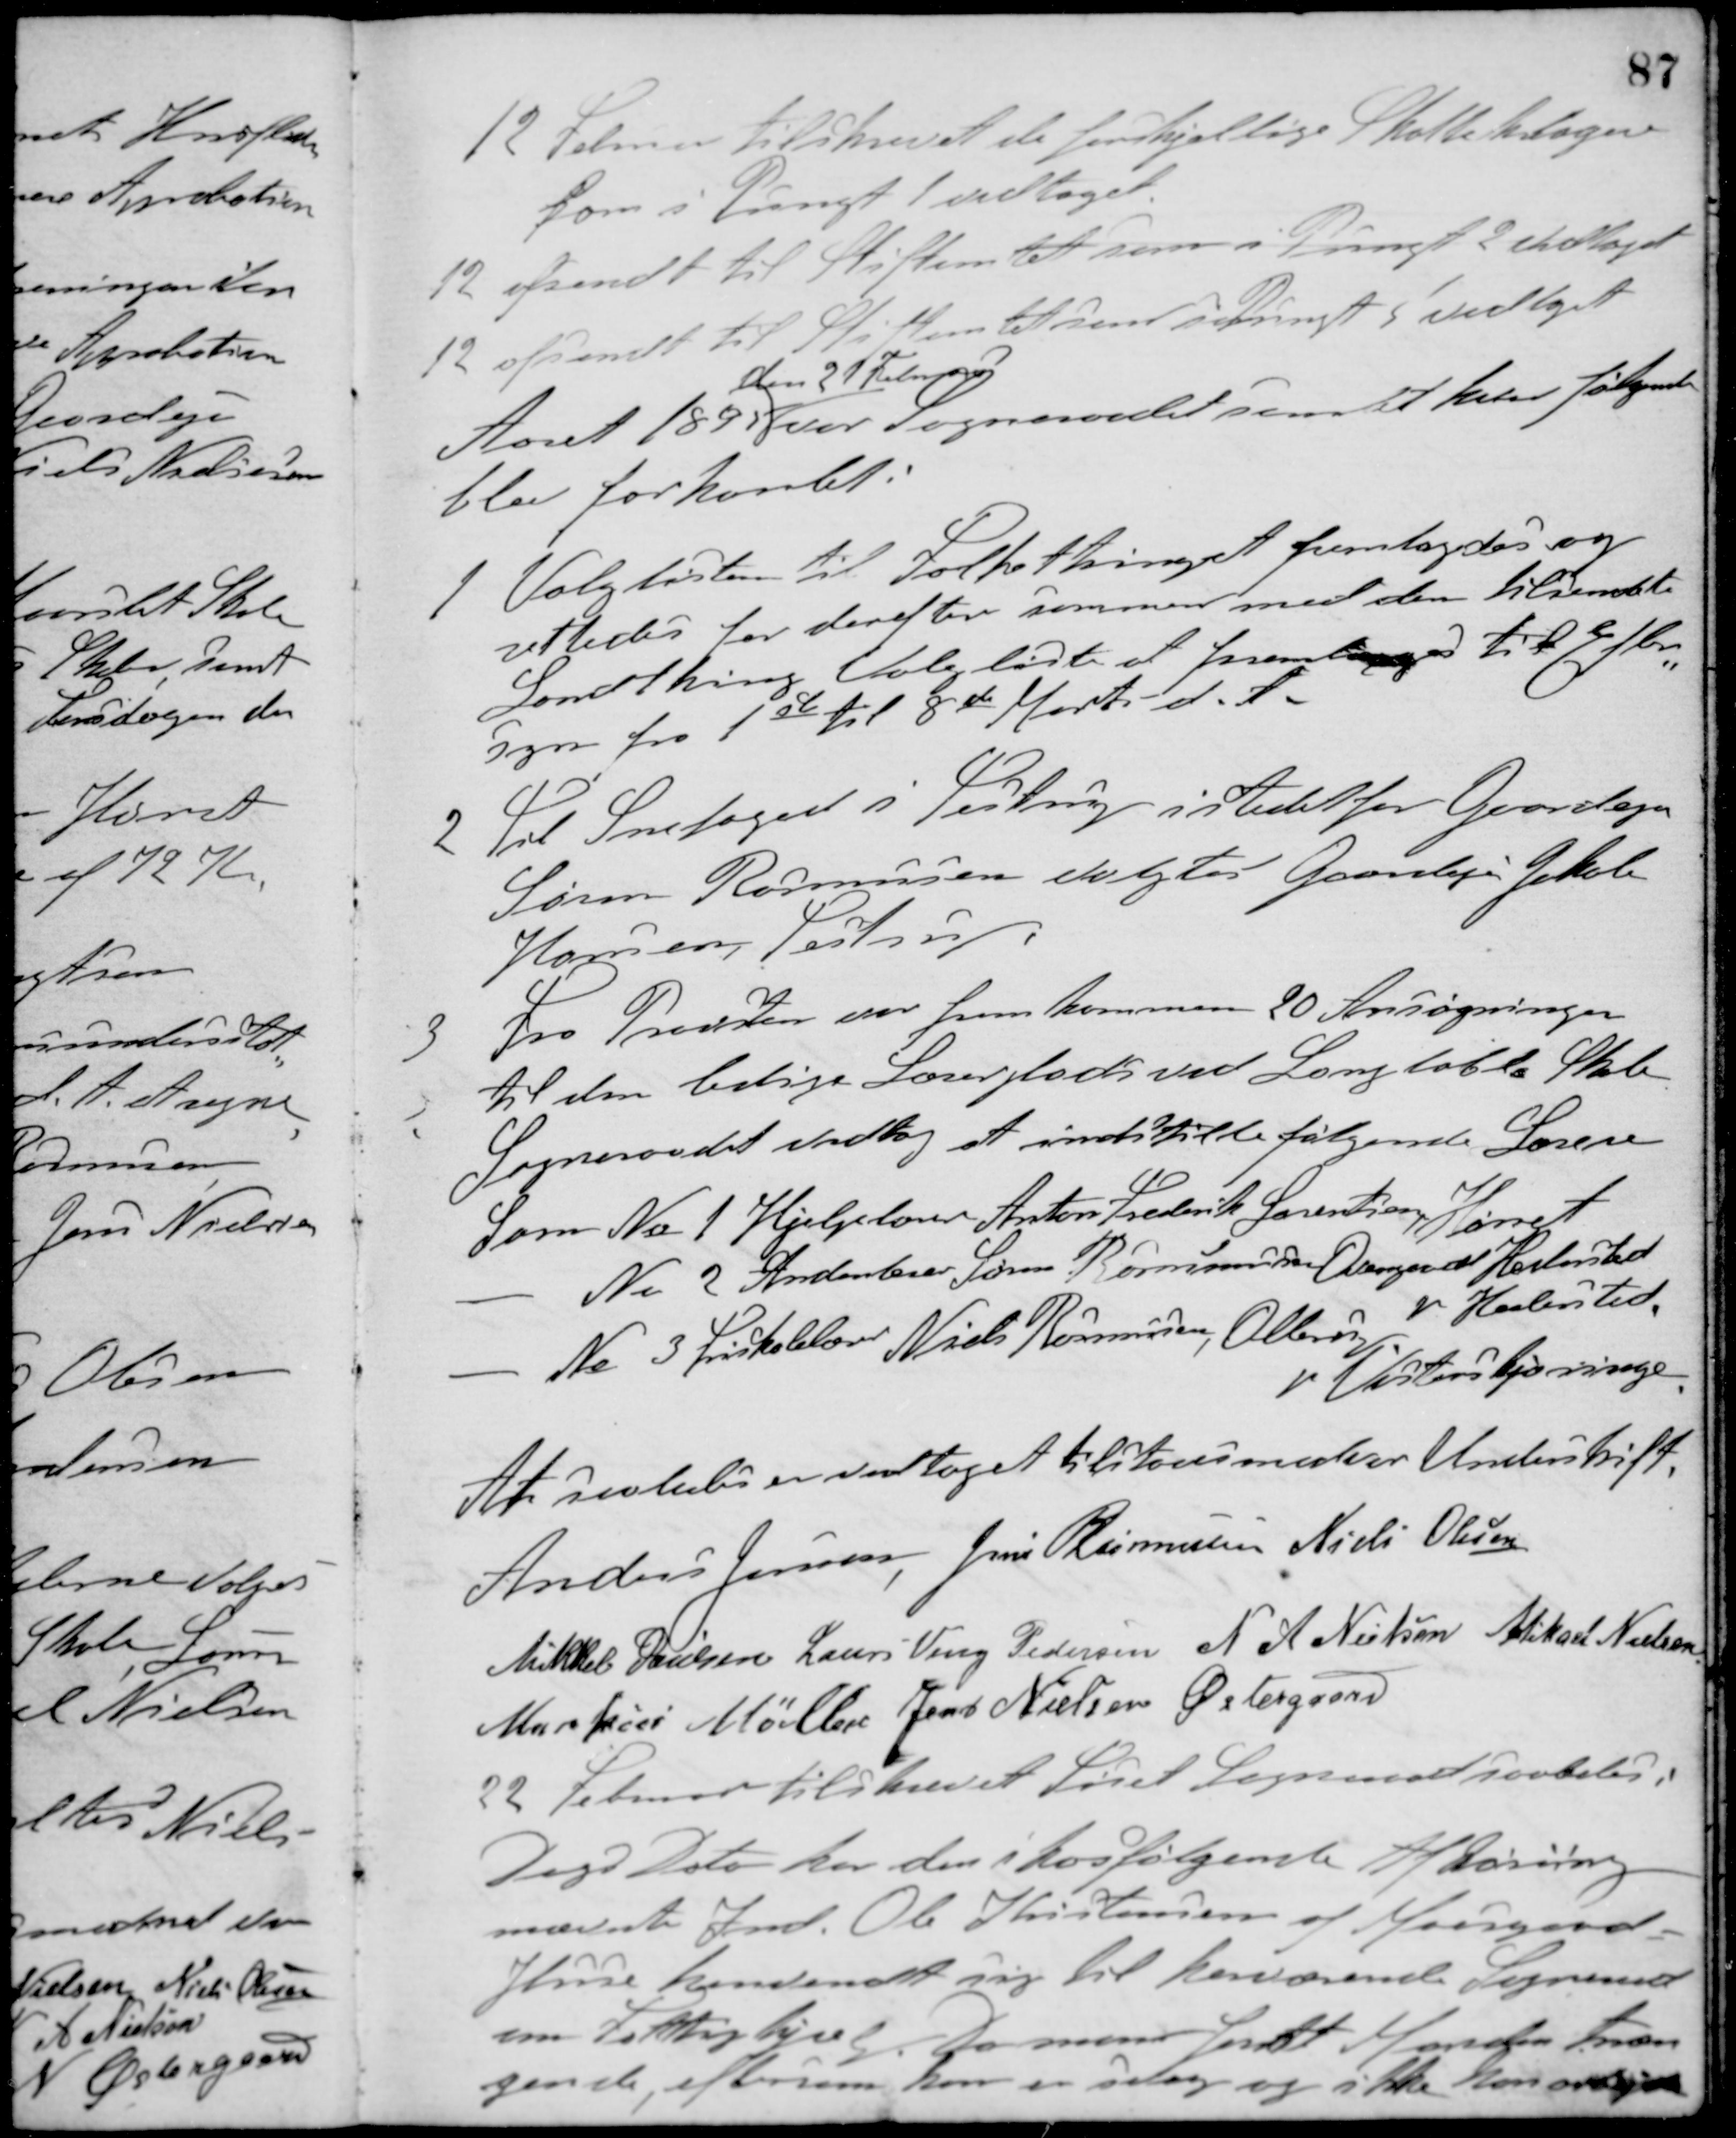
Transskription:
12 Februar tilskrevet de forskjellige Skatteklagere
som i Pungt 1 vedtaget.
12 afsendt til Stiftamtet som i Pungt 2 vedtaget.
12 afsendt til Stiftamtet som i Pungt 5 vedtaget
Aaret 1895
den 21 Februar
var Sogneraadet samlet hvor følgende
blev forhandlet.
1 Valglister til Folkethinget fremlagdes og
rettedes for derefter sammen med den tilsendte
Landthing Valgliste at fremlægges til Efter-
syn fra 1ste til 8de Marts d. A.
2 Til Snefoged i Testrup i stedet for Gaardejer
Søren Rasmussen valgtes Gaardejer Jakob
Hansen, Testrup.
3 Fra Præsten var fremkommen 20 Ansøgninger
til den ledige Lærerplads ved Langballe Skole.
Sogneraadet vedtog at indstille følgende Lærere
Som No 1 Hjelpelærer Anton Frederik Lorentsen, Hørret
- No 2 Andenlærer Søren Rasmussen Overgaard Hedensted
- No 3 Friskolelærer Niels Rasmussen, Ollerup pr. Hedensted
pr. Vesterskjærninge
At saaledes er vedtaget tilstaaes med vor Underskrift.
Anders Jensen Jens Rasmussen Niels Olesen
Mikkel Poulsen Laurs Veng Pedersen N. A. Nielsen Mikael Nielsen
Markus Møller Jens Nielsen Østergaard
22 Februar tilskrevet Tiset Sogneraad saaleles:
Dags Dato har den i hosfølgende Afhøring
nævnte Ind. Ole Kristensen af Moesgaard
Huse henvendt sig til herværende Sogneraad
om Fattighjælp. Da man fandt Manden træn-
gende, eftersom han er svag og ikke kan arbejde